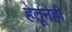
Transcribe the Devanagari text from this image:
हेतूनेही